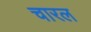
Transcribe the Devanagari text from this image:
चारल